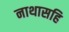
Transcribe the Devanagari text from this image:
नाथासहि